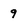
Character: 9